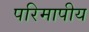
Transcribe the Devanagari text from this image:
परिमापीय